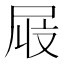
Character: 𫵜